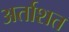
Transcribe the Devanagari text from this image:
अर्ताशत